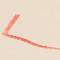
٢